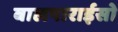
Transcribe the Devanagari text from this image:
बालपाराईसो